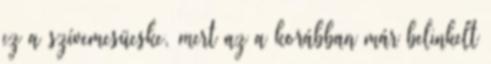
ez a szívemcsücske, mert az a korábban már belinkelt